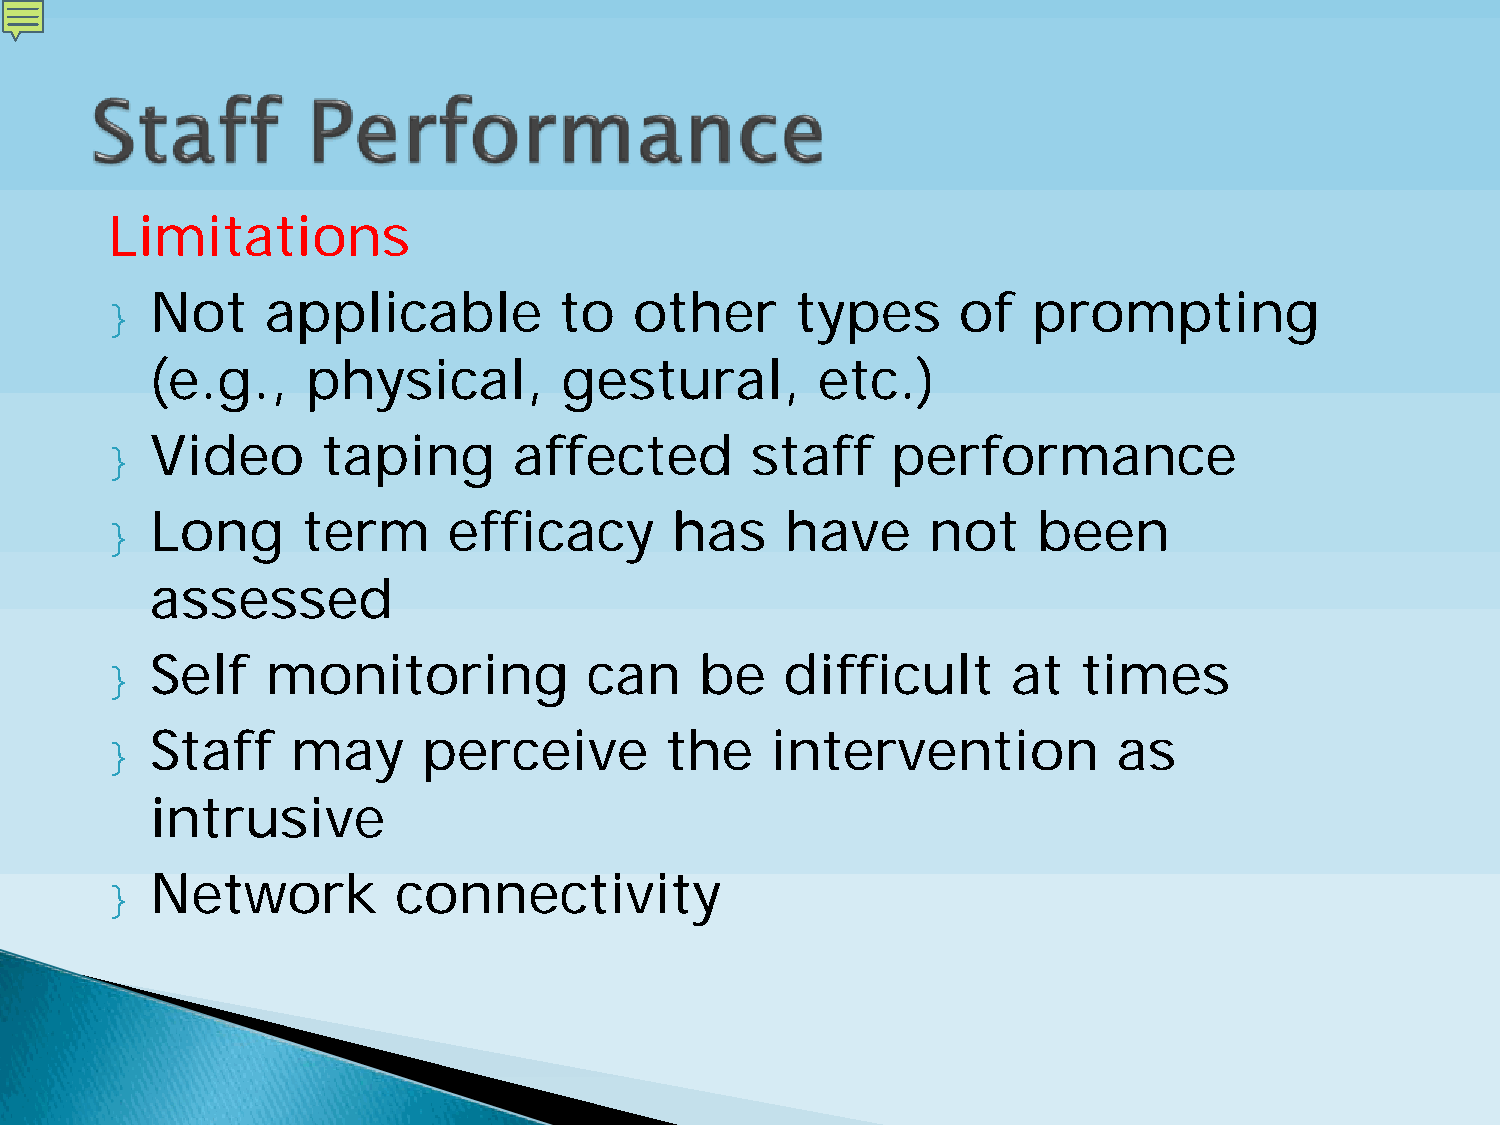
Limitations
 }  Not     applicable         to   other      types     of   prompting
 (e.g.,    physical,        gestural,        etc.)
 }  Video      taping       affected        staff    performance
 }  Long      term      efficacy       has    have     not     been
 assessed
 }  Self    monitoring           can    be    difficult      at   times
 }  Staff    may      perceive        the    intervention           as
 intrusive
 }  Network         connectivity